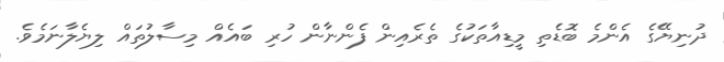
ދުނިޔޭގެ އެންމެ ބޮޑެތި މީޑިއާތަކުގެ ތެރެއިން ފެންނާން ހުރި ބައެއް މިސާލުތައް ލިޔެލާނަމެވެ.